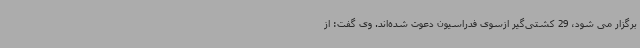
برگزار می شود، 29 کشتی‌گیر ازسوی فدراسیون دعوت شده‌اند. وی گفت: از